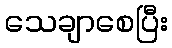
သေချာစေပြီး